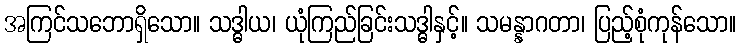
အကြင်သဘောရှိသော။ သဒ္ဓါယ၊ ယုံကြည်ခြင်းသဒ္ဓါနှင့်။ သမန္နာဂတာ၊ ပြည့်စုံကုန်သော။